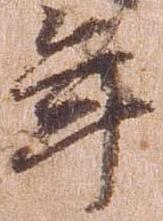
年